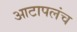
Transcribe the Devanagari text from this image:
आटापलंच